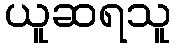
ယူဆရသူ